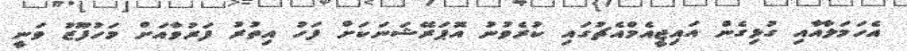
އެހަމަލާއާއި ގުޅިގެން އައިޖީއެމްއެޗުގައި ކުރެވުނު އޮޕަރޭޝަނަކަށް ފަހު އިތުރު ފަރުވާއަށް މަހުފޫޒު ވަނީ